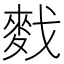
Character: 䴰